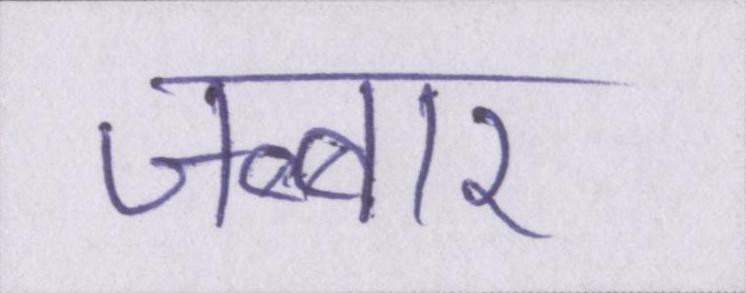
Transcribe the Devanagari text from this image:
जब्बार